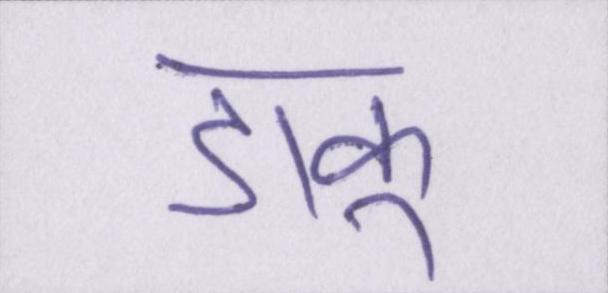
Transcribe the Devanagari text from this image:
डाकू